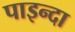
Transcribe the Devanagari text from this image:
पाइन्दा